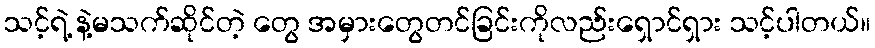
သင့်ရဲ့ နဲ့မသက်ဆိုင်တဲ့ တွေ အမှားတွေတင်ခြင်းကိုလည်းရှောင်ရှား သင့်ပါတယ်။